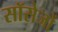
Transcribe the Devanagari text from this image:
सॉसेजों